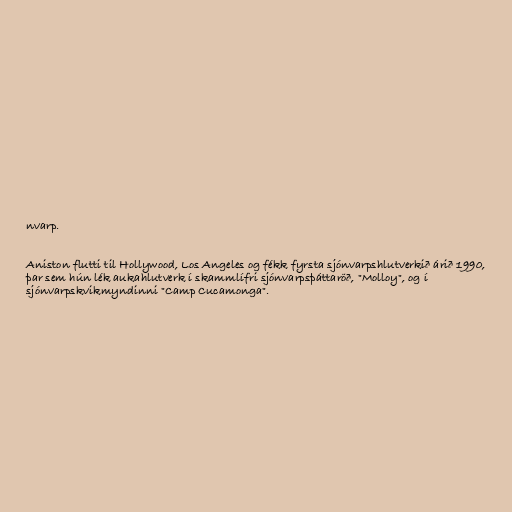
nvarp.

Aniston flutti til Hollywood, Los Angeles og fékk fyrsta sjónvarpshlutverkið árið 1990,
þar sem hún lék aukahlutverk í skammlífri sjónvarpsþáttaröð, "Molloy", og í
sjónvarpskvikmyndinni "Camp Cucamonga".